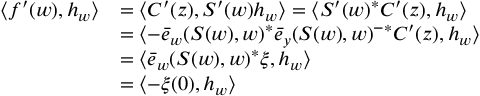
\begin{array} { r l } { \langle f ^ { \prime } ( w ) , h _ { w } \rangle } & { = \langle C ^ { \prime } ( z ) , S ^ { \prime } ( w ) h _ { w } \rangle = \langle S ^ { \prime } ( w ) ^ { * } C ^ { \prime } ( z ) , h _ { w } \rangle } \\ & { = \langle - \bar { e } _ { w } ( S ( w ) , w ) ^ { * } \bar { e } _ { y } ( S ( w ) , w ) ^ { - * } C ^ { \prime } ( z ) , h _ { w } \rangle } \\ & { = \langle \bar { e } _ { w } ( S ( w ) , w ) ^ { * } \xi , h _ { w } \rangle } \\ & { = \langle - \xi ( 0 ) , h _ { w } \rangle } \end{array}